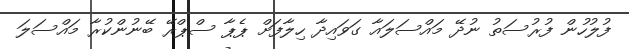
ފުލުހުން ފުރުސަތު ނުދޭ މައްސަލައާ ގަވައިދާ ހިލާފަށް ޕެޕާ ސްޕްރޭ ބޭނުންކުރާ މައްސަލަ